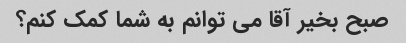
صبح بخیر آقا می توانم به شما کمک کنم؟